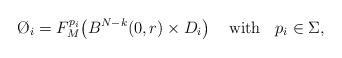
LaTeX: \begin{align*}\O_i=F_M^{p_i}\bigl(B^{N-k}(0,r) \times D_i\bigl) \;\;\;\ \textrm{with} \;\;\ p_i \in \Sigma,\end{align*}